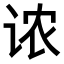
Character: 𫍦